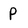
Character: p